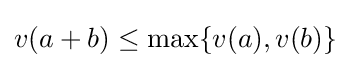
v(a+b)\leq \max\{v(a),v(b)\}\